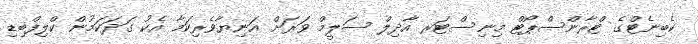
ކެބިނެޓްގެ ޓްރާންސްޕޯޓް މިނިސްޓަރ އާދިލް ސަލީމް ވަރަށް އަނިޔާވެރިކަމާ އެކު ގަދަކަމުން ކްލިފްބިޑި